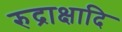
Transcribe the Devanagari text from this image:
रुद्राक्षादि